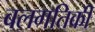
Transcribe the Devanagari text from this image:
बलगतिकी